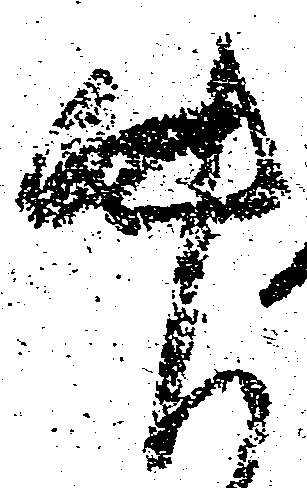
中